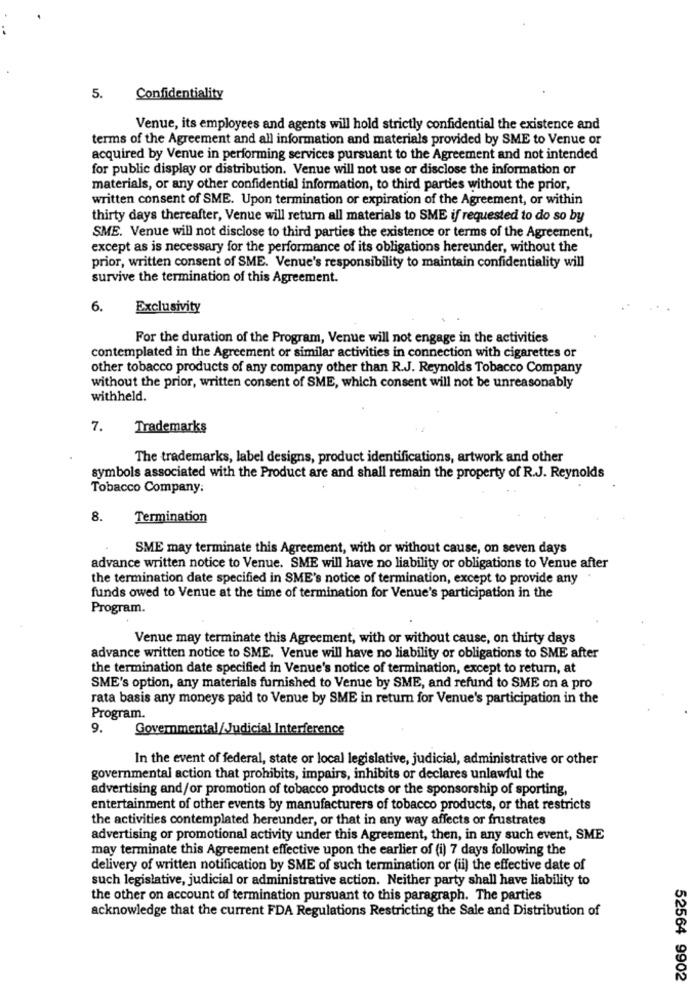
5.
Confidentiality
Venue, its employees and agents will hold strictly confidential the existence and
terms of the Agreement and all information and materials provided by SME to Venue or
acquired by Venue in performing services pursuant to the Agreement and not intended
for public display or distribution. Venue will not use or disclose the information or
materials, or any other confidential information, to third parties without the prior,
written consent of SME. Upon termination or expiration of the Agreement, or within
thirty days thereafter, Venue will return all materials to SME if requested to do so by
SME. Venue will not disclose to third parties the existence or terms of the Agreement,
except as is necessary for the performance of its obligations hereunder, without the
prior, written consent of SME. Venue's responsibility to maintain confidentiality will
survive the termination of this Agreement.
6.
Exclusivity
For the duration of the Program, Venue will not engage in the activities
contemplated in the Agreement or similar activities in connection with cigarettes or
other tobacco products of any company other than R.J. Reynolds Tobacco Company
without the prior, written consent of SME, which consent will not be unreasonably
withheld.
7.
Trademarks
The trademarks, label designs, product identifications, artwork and other
symbols associated with the Product are and shall remain the property of R.J. Reynolds
Tobacco Company:
8.
Termination
SME may terminate this Agreement, with or without cause, on seven days
advance written notice to Venue. SME will have no liability or obligations to Venue after
the termination date specified in SME's notice of termination, except to provide any
funds owed to Venue at the time of termination for Venue's participation in the
Program.
Venue may terminate this Agreement, with or without cause, on thirty days
advance written notice to SME. Venue will have no liability or obligations to SME after
the termination date specified in Venue's notice of termination, except to return, at
SME's option, any materials furnished to Venue by SME, and refund to SME on a pro
rata basis any moneys paid to Venue by SME in return for Venue's participation in the
Program.
9.
Governmental/Judicial Interference
In the event of federal, state or local legislative, judicial, administrative or other
governmental action that prohibits, impairs, inhibits or declares unlawful the
advertising and/or promotion of tobacco products or the sponsorship of sporting,
entertainment of other events by manufacturers of tobacco products, or that restricts
the activities contemplated hereunder, or that in any way affects or frustrates
advertising or promotional activity under this Agreement, then, in any such event, SME
may terminate this Agreement effective upon the earlier of (i) 7 days following the
delivery of written notification by SME of such termination or (ii) the effective date of
such legislative, judicial or administrative action. Neither party shall have liability to
the other on account of termination pursuant to this paragraph. The parties
acknowledge that the current FDA Regulations Restricting the Sale and Distribution of
52564 9902